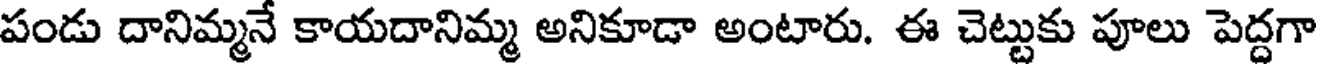
పండు దానిమ్మనే కాయదానిమ్మ అనికూడా అంటారు. ఈ చెట్టుకు పూలు పెద్దగా